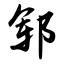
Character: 郓